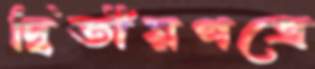
দ্বিতীয়পত্রে